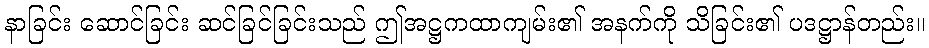
နာခြင်း ဆောင်ခြင်း ဆင်ခြင်ခြင်းသည် ဤအဋ္ဌကထာကျမ်း၏ အနက်ကို သိခြင်း၏ ပဒဋ္ဌာန်တည်း။